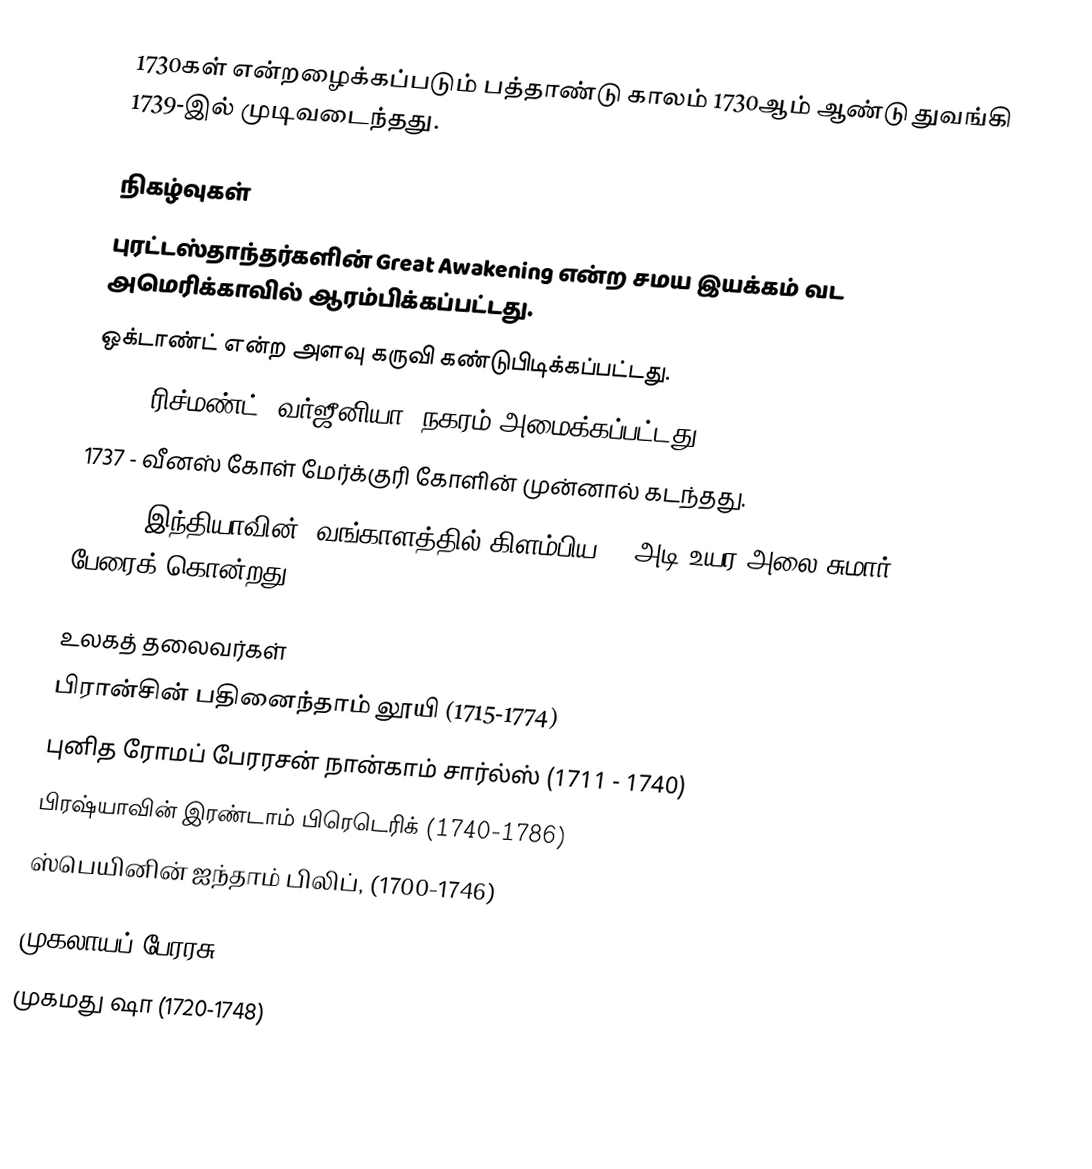
1730கள் என்றழைக்கப்படும் பத்தாண்டு காலம் 1730ஆம் ஆண்டு துவங்கி 1739-இல் முடிவடைந்தது.

நிகழ்வுகள்
 புரட்டஸ்தாந்தர்களின் Great Awakening என்ற சமய இயக்கம் வட அமெரிக்காவில் ஆரம்பிக்கப்பட்டது.
 ஒக்டாண்ட் என்ற அளவு கருவி கண்டுபிடிக்கப்பட்டது.
 1737: ரிச்மண்ட் (வர்ஜீனியா) நகரம் அமைக்கப்பட்டது.
 1737 - வீனஸ் கோள் மேர்க்குரி கோளின் முன்னால் கடந்தது.
 1737 - இந்தியாவின், வங்காளத்தில் கிளம்பிய 40 அடி உயர அலை சுமார் 300,000 பேரைக் கொன்றது.

உலகத் தலைவர்கள்
 பிரான்சின் பதினைந்தாம் லூயி (1715-1774)
 புனித ரோமப் பேரரசன் நான்காம் சார்ல்ஸ் (1711 - 1740)
 பிரஷ்யாவின் இரண்டாம் பிரெடெரிக் (1740-1786)
 ஸ்பெயினின் ஐந்தாம் பிலிப், (1700-1746)

முகலாயப் பேரரசு
 முகமது ஷா (1720-1748)